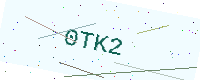
Text: 0TK2